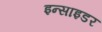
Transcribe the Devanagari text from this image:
इन्साइडर